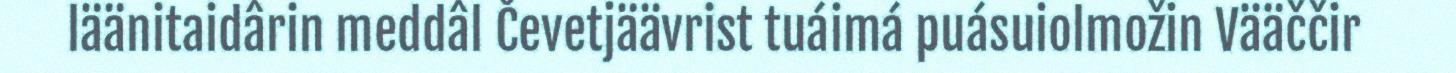
läänitaidârin meddâl Čevetjäävrist tuáimá puásuiolmožin Vääččir